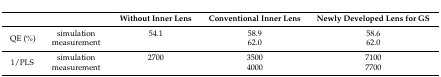
<table><thead><tr><td colspan="2"></td><td><b>Without Inner Lens</b></td><td><b>Conventional Inner Lens</b></td><td><b>Newly Developed Lens for GS</b></td></tr></thead><tbody><tr><td rowspan="2">QE (%)</td><td>simulation</td><td>54.1</td><td>58.9</td><td>58.6</td></tr><tr><td>measurement</td><td></td><td>62.0</td><td>62.0</td></tr><tr><td rowspan="2">1/PLS</td><td>simulation</td><td>2700</td><td>3500</td><td>7100</td></tr><tr><td>measurement</td><td></td><td>4000</td><td>7700</td></tr></tbody></table>